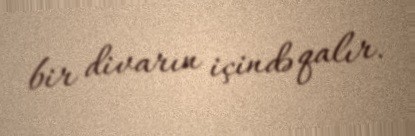
bir divarın içində qalır.